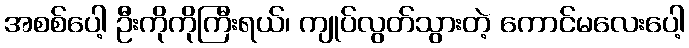
အစစ်ပေါ့ ဦးကိုကိုကြီးရယ်၊ ကျုပ်လွတ်သွားတဲ့ ကောင်မလေးပေါ့